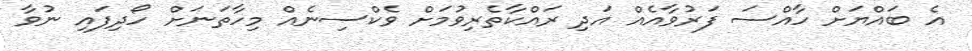
އެ ބައްޔަށް ހާއްސަ ފަރުވާއެއް އަދި ރައްކާތެރިވުމަށް ވެކްސިނެއް މިހާތަނަށް ހޯދިފައި ނުވާ